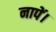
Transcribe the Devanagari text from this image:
नापें।